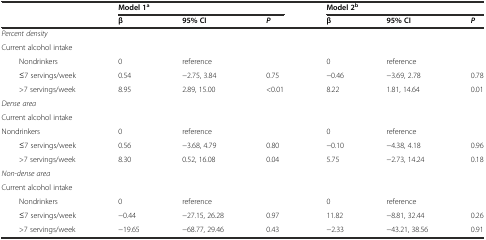
|  | <COLSPAN=3> Model 1a | <COLSPAN=3> Model 2b |
 |  | β | 95% CI | P | β | 95% CI | P |
 | --- | --- | --- | --- | --- | --- | --- |
 | Percent density |  |  |  |  |  |  |
 | Current alcohol intake |  |  |  |  |  |  |
 | Nondrinkers | 0 | reference |  | 0 | reference |  |
 | ≤7 servings/week | 0.54 | −2.75, 3.84 | 0.75 | −0.46 | −3.69, 2.78 | 0.78 |
 | >7 servings/week | 8.95 | 2.89, 15.00 | <0.01 | 8.22 | 1.81, 14.64 | 0.01 |
 | Dense area |  |  |  |  |  |  |
 | Current alcohol intake |  |  |  |  |  |  |
 | Nondrinkers | 0 | reference |  | 0 | reference |  |
 | ≤7 servings/week | 0.56 | −3.68, 4.79 | 0.80 | −0.10 | −4.38, 4.18 | 0.96 |
 | >7 servings/week | 8.30 | 0.52, 16.08 | 0.04 | 5.75 | −2.73, 14.24 | 0.18 |
 | Non-dense area |  |  |  |  |  |  |
 | Current alcohol intake |  |  |  |  |  |  |
 | Nondrinkers | 0 | reference |  | 0 | reference |  |
 | ≤7 servings/week | −0.44 | −27.15, 26.28 | 0.97 | 11.82 | −8.81, 32.44 | 0.26 |
 | >7 servings/week | −19.65 | −68.77, 29.46 | 0.43 | −2.33 | −43.21, 38.56 | 0.91 |